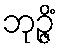
ဘုဉ္ဇိံ